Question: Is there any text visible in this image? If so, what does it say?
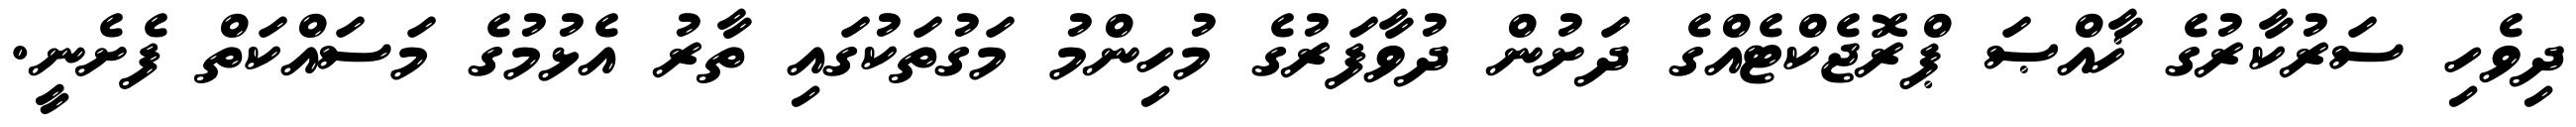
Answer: ދިވެހި ސަރުކާރުގެ ޚާއްޞަ ޕްރޮޖެކްޓެއްގެ ދަށުން ދުވާފަރުގެ މުހިންމު މަގުތަކުގައި ތާރު އެޅުމުގެ މަސައްކަތް ފެށެނީ.